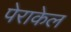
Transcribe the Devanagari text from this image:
पेराकेल